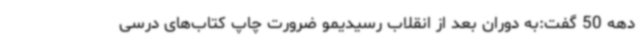
دهه 50 گفت:به دوران بعد از انقلاب رسیدیمو ضرورت چاپ کتاب‌های درسی